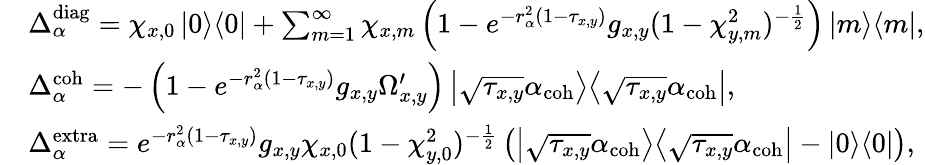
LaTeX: \begin{array}{rl}&{\Delta_{\alpha}^{\mathrm{diag}}=\chi_{x,0}\left|0\middle>\middle<0\right|+\sum_{m=1}^{\infty}\chi_{x,m}\left(1-e^{-r_{\alpha}^{2}\left(1-\tau_{x,y}\right)}g_{x,y}(1-\chi_{y,m}^{2})^{-\frac{1}{2}}\right)\left|m\middle>\middle<m\right|,}\\ &{\Delta_{\alpha}^{\mathrm{coh}}=-\left(1-e^{-r_{\alpha}^{2}\left(1-\tau_{x,y}\right)}g_{x,y}\Omega_{x,y}^{\prime}\right)\left|\sqrt{\tau_{x,y}}\alpha_{\mathrm{coh}}\middle>\middle<\sqrt{\tau_{x,y}}\alpha_{\mathrm{coh}}\right|,}\\ &{\Delta_{\alpha}^{\mathrm{extra}}=e^{-r_{\alpha}^{2}\left(1-\tau_{x,y}\right)}g_{x,y}\chi_{x,0}(1-\chi_{y,0}^{2})^{-\frac{1}{2}}\left(\left|\sqrt{\tau_{x,y}}\alpha_{\mathrm{coh}}\middle>\middle<\sqrt{\tau_{x,y}}\alpha_{\mathrm{coh}}\right|-\left|0\middle>\middle<0\right|\right),}\end{array}